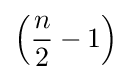
\left({\frac {n}{2}}-1\right)